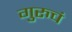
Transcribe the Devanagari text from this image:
गुरुचं